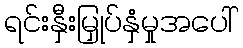
ရင်းနှီးမြှုပ်နှံမှုအပေါ်